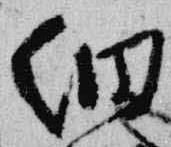
細